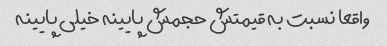
واقعا نسبت به قیمتش حجمش پایینه خیلی پایینه